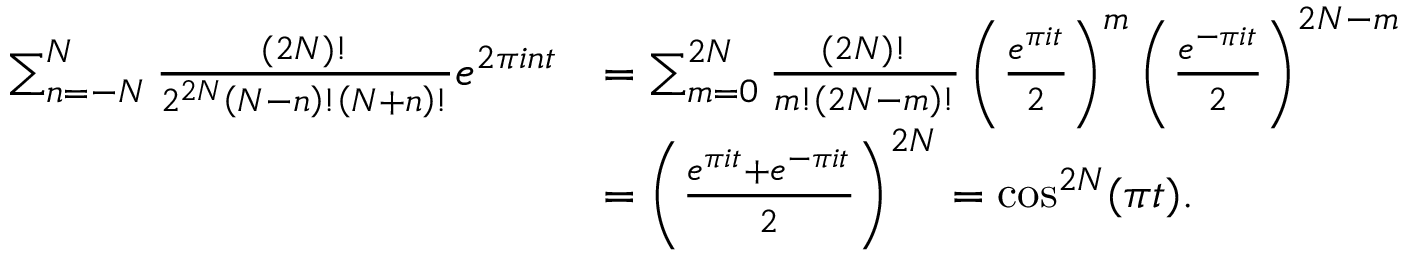
\begin{array} { r l } { \sum _ { n = - N } ^ { N } \frac { ( 2 N ) ! } { 2 ^ { 2 N } \left( N - n \right) ! \left( N + n \right) ! } e ^ { 2 \pi i n t } } & { = \sum _ { m = 0 } ^ { 2 N } \frac { ( 2 N ) ! } { m ! \left( 2 N - m \right) ! } \left( \frac { e ^ { \pi i t } } { 2 } \right) ^ { m } \left( \frac { e ^ { - \pi i t } } { 2 } \right) ^ { 2 N - m } } \\ & { = \left( \frac { e ^ { \pi i t } + e ^ { - \pi i t } } { 2 } \right) ^ { 2 N } = \cos ^ { 2 N } ( \pi t ) . } \end{array}